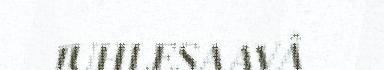
JUHLESAAVÂ